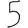
Digit: 5